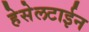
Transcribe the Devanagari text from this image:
हेसेलटाईन